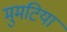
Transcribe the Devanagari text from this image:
मुमटिया